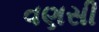
વણસી